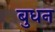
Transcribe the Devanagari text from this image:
बुधन